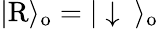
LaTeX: |\mathrm{R}\rangle_{\mathrm{o}}=|\downarrow\ \rangle_{\mathrm{o}}